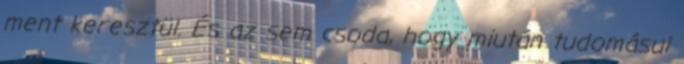
ment keresztül. És az sem csoda, hogy miután tudomásul